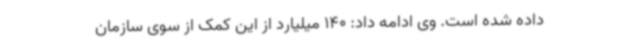
داده شده است. وی ادامه داد: 140 میلیارد از این کمک از سوی سازمان